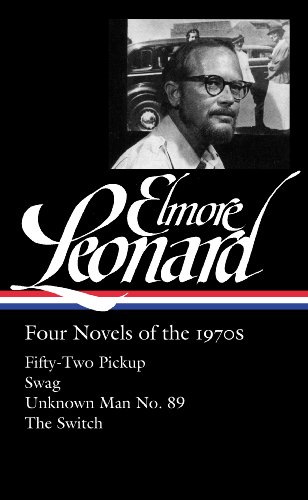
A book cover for Elmore Leonard: Four Novels of the 1970s: Fifty-Two Pickup / Swag / Unknown Man: (Library of America #255); Elmore Leonard; Mystery, Thriller & Suspense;